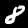
Digit: 8